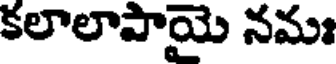
కలాలాపాయై నమః